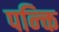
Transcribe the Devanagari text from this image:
पन्क्ति